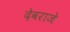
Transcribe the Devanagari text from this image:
देवराजे